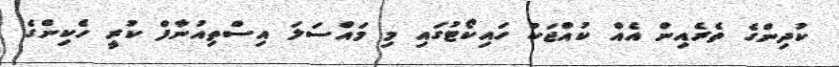
ކުދިންގެ ތެރެއިން އެއް ކުއްޖަކު ހައިކޯޓުގައި މި މައްސަލަ އިސްތިއުނާފް ކުރީ ހެކިންގެ